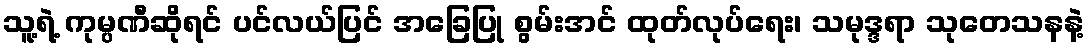
သူ့ရဲ့ ကုမ္ပဏီဆိုရင် ပင်လယ်ပြင် အခြေပြု စွမ်းအင် ထုတ်လုပ်ရေး၊ သမုဒ္ဒရာ သုတေသနနဲ့